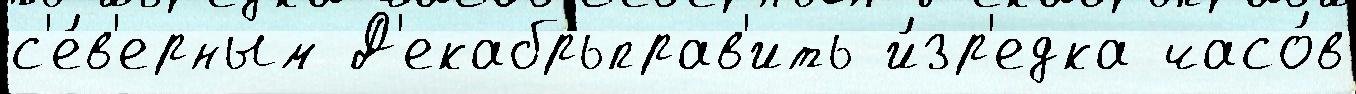
с'е́в'ерным Д'екабрьправ'ить и́зр'едка часо́в